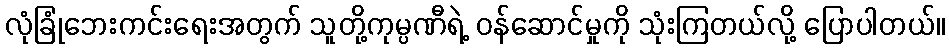
လုံခြုံဘေးကင်းရေးအတွက် သူတို့ကုမ္ပဏီရဲ့ ဝန်ဆောင်မှုကို သုံးကြတယ်လို့ ပြောပါတယ်။